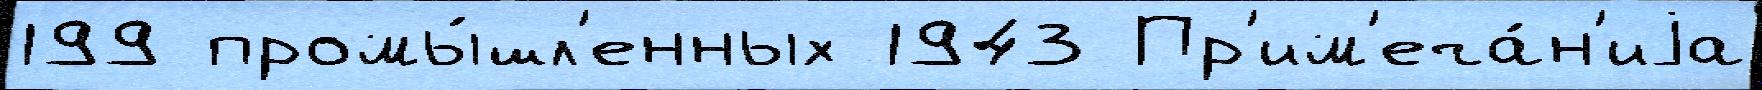
199 промы́шл'енных 1943 Пр'им'еча́н'иjа